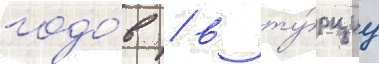
годо́в / в ту́рциу